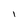
Character: I